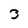
Character: 3